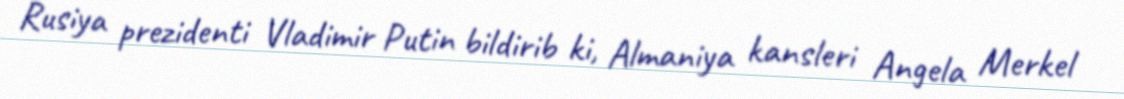
Rusiya prezidenti Vladimir Putin bildirib ki, Almaniya kansleri Angela Merkel